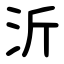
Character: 沂